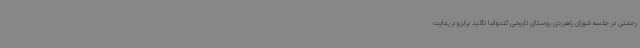
رحمتی در جلسه شورای راهبردی روستای تاریخی کندوانبا تأکید برلزوم رعایت